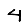
Digit: 4